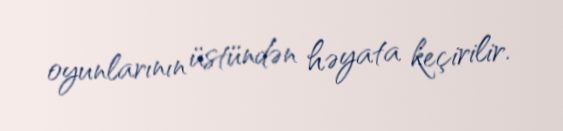
oyunlarının üstündən həyata keçirilir.